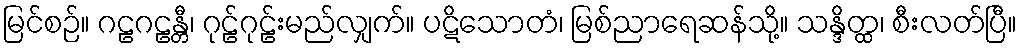
မြင်စဉ်။ ဂဠဂဠန္တီ၊ ဂုဠ်ဂုဠ်းမည်လျှက်။ ပဋိသောတံ၊ မြစ်ညာရေဆန်သို့။ သန္ဒိတ္ထ၊ စီးလတ်ပြီ။